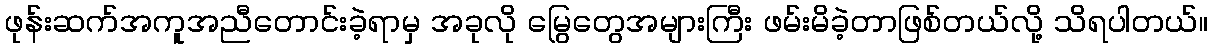
ဖုန်းဆက်အကူအညီတောင်းခဲ့ရာမှ အခုလို မြွေတွေအများကြီး ဖမ်းမိခဲ့တာဖြစ်တယ်လို့ သိရပါတယ်။